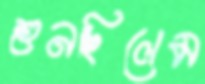
শুনছিলেম